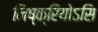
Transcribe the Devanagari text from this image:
निष्क्रियोऽसि